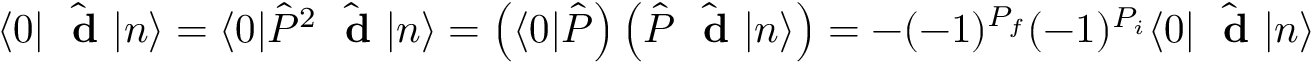
\langle 0 | \hat { \mathrm { ~ \bf ~ d ~ } } | n \rangle = \langle 0 | \hat { P } ^ { 2 } \hat { \mathrm { ~ \bf ~ d ~ } } | n \rangle = \left( \langle 0 | \hat { P } \right) \left( \hat { P } \hat { \mathrm { ~ \bf ~ d ~ } } | n \rangle \right) = - ( - 1 ) ^ { P _ { f } } ( - 1 ) ^ { P _ { i } } \langle 0 | \hat { \mathrm { ~ \bf ~ d ~ } } | n \rangle